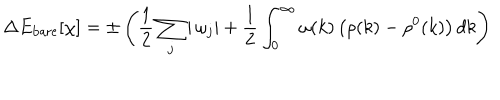
LaTeX: \Delta E _ { \mathrm { b a r e } } [ \chi ] = \pm \left( \frac { 1 } { 2 } \sum _ { j } | \, \omega _ { j } | + \frac { 1 } { 2 } \int _ { 0 } ^ { \infty } \omega ( k ) \left( \rho ( k ) - \rho ^ { 0 } ( k ) \right) d k \right)